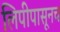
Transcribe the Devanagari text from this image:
लिपीपासूनच